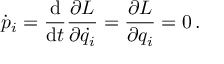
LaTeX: { \dot { p } } _ { i } = { \frac { \mathrm { d } } { \mathrm { d } t } } { \frac { \partial L } { \partial { \dot { q } } _ { i } } } = { \frac { \partial L } { \partial q _ { i } } } = 0 \, .